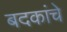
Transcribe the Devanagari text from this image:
बदकांचे